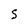
Character: S